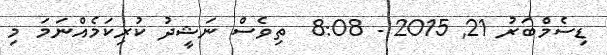
ޑިސެމްބަރު 21